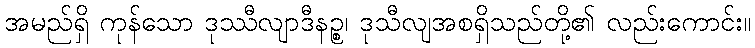
အမည်ရှိ ကုန်သော ဒုဿီလျာဒီနဉ္စ၊ ဒုသီလျအစရှိသည်တို့၏ လည်းကောင်း။